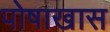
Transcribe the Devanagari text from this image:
पोषाखास